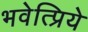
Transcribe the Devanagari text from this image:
भवेत्प्रिये